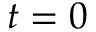
t = 0